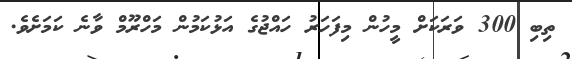
ތިބި 300 ވަރަކަށް މީހުން މިފަހަރު ހައްޖުގެ އަޅުކަމުން މަހްރޫމް ވާނެ ކަމަށެވެ.